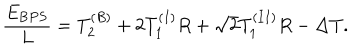
\frac { E _ { { \mathrm B P S } } } { L } = T _ { 2 } ^ { ( B ) } + 2 T _ { 1 } ^ { ( I ) } R + \sqrt { 2 } T _ { 1 } ^ { ( I I ) } R - \Delta T .